Lunatic asylums in Bengal annual reports 1888-1898 - 1888-1898
Year: 1888
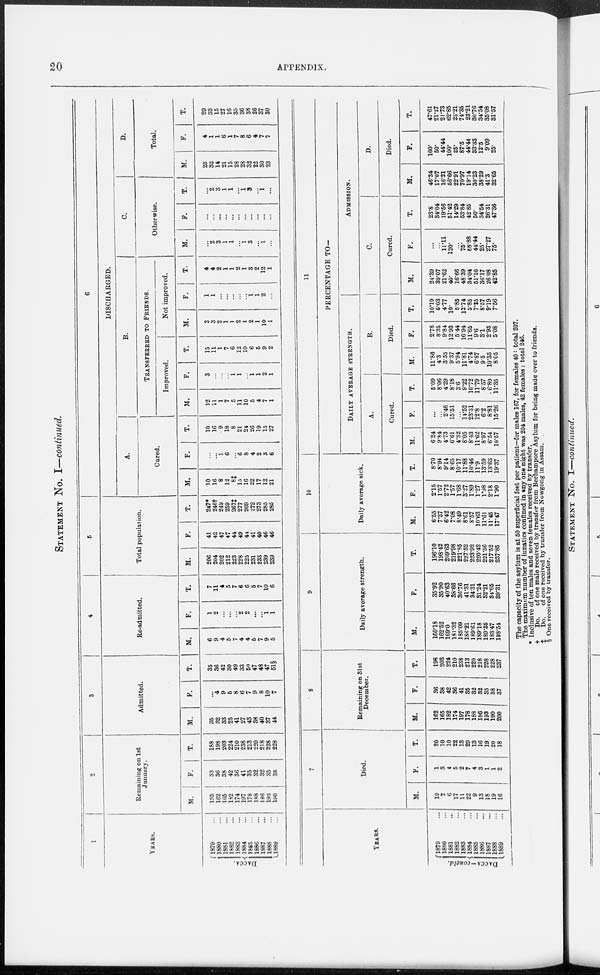
20
APPENDIX.
STATEMENT NO. I—continued.
1
YEARS.
DACCA.
1879 ...
1880 ...
1881 ...
1882 ...
1883 ...
1884 ...
1885 ...
1886 ...
1887 ...
1888 ...
1889 ...
2
Remaining on 1st
January.
M.
155
162
165
182
174
197
178
188
186
193
190
F.
33
36
38
42
36
41
35
32
32
35
38
T.
188
198
203
224
210
238
213
220
218
228
228
3
Admitted.
M.
35
32
33
25
41
27
43
38
40
37
44
F.
...
4
9
5
8
6
7
9
8
10
7
T.
35
36
42
30
49
33
50
47
48
47
51§
4
Re-admitted.
M.
6
9
4
5
7
4
4
5
7
9
5
F.
1
2
...
...
...
2
2
...
...
1
1
T.
7
11
4
5
7
6
6
5
7
10
6
5
Total population.
M.
206
204
202
212
223
228
225
231
233
239
239
F.
41
42
47
47
44
49
44
41
40
46
46
T.
247*
246†
249
259
267‡
277
269
272
273
285
285
6
DISCHARGED.
A.
Cured.
M.
10
16
8
12
8‡
15
16
22
17
12
21
F.
...
...
1
6
...
6
8
4
2
3
6
T.
10
16
9
18
8
21
24
26
19
15
27
B.
TRANSFERRED TO FRIENDS.
Improved.
M.
12
11
1
7
5
11
10
5
4
7
1
F.
3
...
...
...
1
1
...
1
1
2
1
T.
15
11
1
7
6
12
10
6
5
9
2
Not improved.
M.
3
3
2
1
1
2
1
2
1
10
1
F.
1
1
...
...
...
...
...
1
1
2
...
T.
4
4
2
1
1
2
1
3
2
12
1
C.
Otherwise.
M.
...
2 3
1
1
...
1
3
...
1
...
F.
...
...
...
...
...
...
...
...
...
...
...
T.
...
2
3
1
1
...
1
3
...
1
...
D.
Total.
M.
25
32
14
21
15
28
28
32
22
30
23
F.
4
1
1
6
1
7
8
6
4
7
7
T.
29
33
15
27
16
35
36
38
26
37
30
YEARS.
DACCA—concld.
1879 ...
1880 ...
1881 ...
1882 ...
1883 ...
1884 ...
1885 ...
1886 ...
1887 ...
1888 ...
1889 ...
7
Died.
M.
19
7
6
17
11
22
9
13
18
19
16
F.
1
3
4
5
2
7
4
3
1
1
2
T.
20
10
10
22
13
29
13
16
19
20
18
8
Remaining on 31st
December.
M.
162
165
182
174
197
178
188
186
193
190
200
F.
36
38
42
36
41
35
32
32
85
38
37
T.
198
203
224
210
238
213
220
218
228
228
287
9
Daily average strength.
M.
160.18
162.52
169.0
181.32
185.09
186.21
189.61
189.18
189.35
183.47
198.54
F.
35.92
35.90
40.63
38.66
36.76
41.31
34.31
31.24
32.21
34.05
39.31
T.
196.10
198.42
209.63
219.98
221.85
227.52
223.92
220.42
221.56
217.52
237.85
10
Daily average sick.
M.
6.55
7.37
6.42
7.08
8.49
8.61
8.57
10.63
11.61
11.45
17.47
F.
2.15
1.57
2.72
1.57
1.68
3.27
1.89
1.27
1.98
2.18
1.90
T.
8.70
8.94
9.14
8.65
10.17
11.88
10.46
11.9
13.59
13.63
19.37
11
PERCENTAGE TO—
DAILY
AVERAGE
STRENGH.
A.
Cured.
M.
6.24
9.84
4.73
6.61
4.32
8.05
8.43
11.62
8.97
6.54
10.57
F.
...
...
2.46
15.51
...
14.52
23.31
12.8
6.2
8.81
15.26
T.
5.09
8.06
4.29
8.18
3.6
9.22
10.72
11.79
8.57
6.89
11.35
B.
Died.
M.
11.86
4.3
3.55
9.37
5.94
11.81
4.74
6.87
9.5
10.35
8.05
F.
2.78
8.35
9.84
12.93
5.44
16.94
11.65
9.6
3.1
2.93
5.08
T.
10.19
5.03
4.77
10.
5.85
12.74
5.85
7.25
8.57
9.19
7.56
ADMISSION.
C.
Cured.
M.
24.39
39.07
21.62
40.
16.66
48.39
34.04
51.16
36.17
26.08
42.85
F.
...
...
11.11
120.
....
75.
88.88
44.44
25.
27.27
75.
T.
23.8
34.04
19.56
51.42
14.29
53.84
42.85
50.
34.54
26.31
47.36
D.
Died.
M.
46.34
17.07
16.21
56.66
22.91
70.97
19.14
30.23
38.29
41.3
32.65
F.
100.
50.
44.44
100.
25.
87.5
44.44
33.33
12.5
9.09
25.
T.
47.61
21.27
21.73
62.85
23.21
74.35
23.21
30.76
34.54
35.08
31.57
The capacity of the asylum is at 50 superficial feet per patient—for males 167, for females 40: total 207.
The maximum number of lunatics confined in any one night was 204 males, 42 females: total 246.
* Inclusive of ten males and seven females received by transfer.
†
Do. of one male received by transfer from Berhampore Asylum for being made over to friends.
‡
Do. of one received by transfer from Nowgong in Assam.
§ One received by transfer.